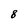
Character: 8